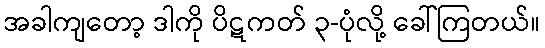
အခါကျတော့ ဒါကို ပိဋကတ် ၃-ပုံလို့ ခေါ်ကြတယ်။